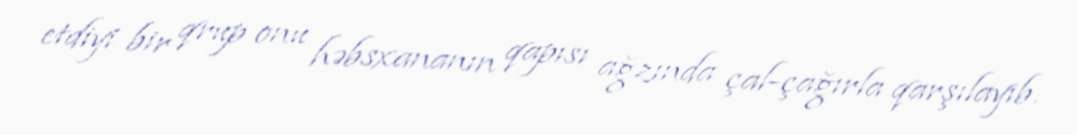
etdiyi bir qrup onu həbsxananın qapısı ağzında çal-çağırla qarşılayıb.